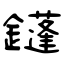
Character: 鑝